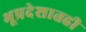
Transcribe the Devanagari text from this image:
भूप्रदेशातही